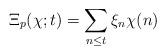
LaTeX: \begin{align*}\Xi_p(\chi;t) = \sum_{n\leq t}\xi_n \chi(n) \end{align*}